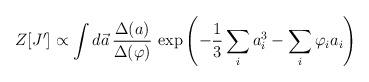
LaTeX: \begin{align*}Z[J^{\prime}]\propto \int d\vec{a}\, \frac{\Delta(a)}{\Delta{(\varphi)}} \,\exp\left( -\frac{1}{3}\sum_{i} a_i^3 -\sum_{i} \varphi_i a_i \right)\end{align*}